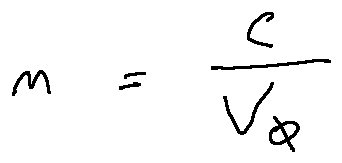
n = \frac { c } { v _ { \phi } }